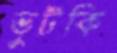
ভুটকি